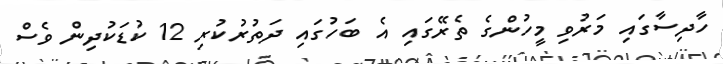
ހާދިސާގައި މަރުވި މީހުންގެ ތެރޭގައި އެ ބަހުގައި ދަތުރުކުރި 12 ކުޑަކުދިން ވެސް